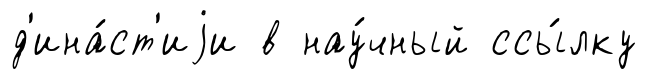
д'ина́ст'иjи в нау́чный ссы́лку